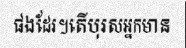
ផងដែរ។តើបុរសអ្នកមាន